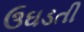
ઉઘડતી